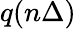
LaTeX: q(n\Delta)